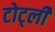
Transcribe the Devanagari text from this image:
टोर्ट्ली